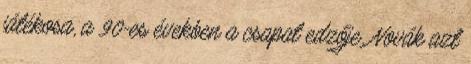
játékosa, a 90-es években a csapat edzője. Novák azt